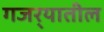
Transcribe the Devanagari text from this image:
गजर्‍यातील